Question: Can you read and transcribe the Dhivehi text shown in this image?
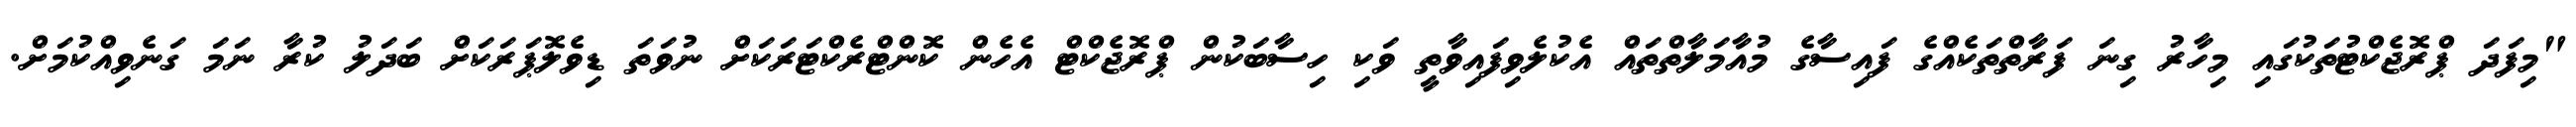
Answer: "މިފަދަ ޕްރޮޖެކްޓުތަކުގައި މިހާރު ގިނަ ފަރާތްތަކެއްގެ ފައިސާގެ މުއާމަލާތްތައް އެކުލެވިފައިވާތީ ވަކި ހިސާބަކުން ޕްރޮޖެކްޓް އެހެން ކޮންޓްރެކްޓަރަކަށް ނުވަތަ ޑިވެލޮޕަރަކަށް ބަދަލު ކުރާ ނަމަ ގަނެވިއްކުމަށް.